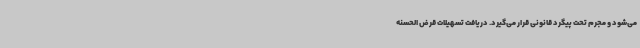
می‌شود و مجرم تحت پیگرد قانونی قرار می‌گیرد. دریافت تسهیلات قرض الحسنه